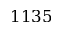
1 1 3 5